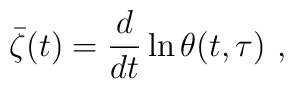
\bar \zeta (t)=\frac{d}{dt}\ln \theta (t,\tau )\ ,